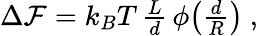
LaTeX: \begin{array}{r}{\Delta\mathcal{F}=k_{B}T\, \frac{L}{d}\, \phi\! \left(\frac{d}{R}\right)~,}\end{array}